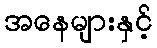
အနေများနှင့်